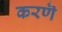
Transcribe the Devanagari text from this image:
करणॆ